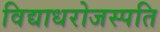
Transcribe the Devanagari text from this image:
विद्याधरोजस्पति